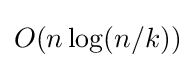
O(n\log(n/k))